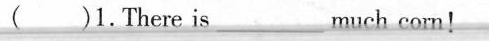
( )1.There is ___much corn!